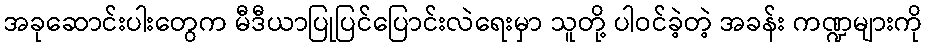
အခုဆောင်းပါးတွေက မီဒီယာပြုပြင်ပြောင်းလဲရေးမှာ သူတို့ ပါဝင်ခဲ့တဲ့ အခန်း ကဏ္ဍများကို